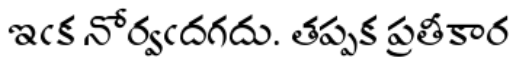
ఇఁక నోర్వఁదగదు. తప్పక ప్రతీకార